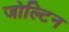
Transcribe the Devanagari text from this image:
जोल्टिन